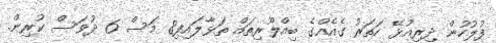
ފުލުހުން ދިރިއުޅޭ ހަތަރު ގެއެއްގެ ބިއްލޫރިތައް ތަޅާލައިފި8 މަސް 6 ދުވަސް ކުރިން.